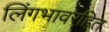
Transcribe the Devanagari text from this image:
लिंगभावरहित